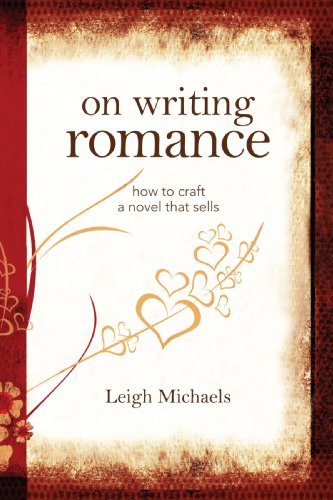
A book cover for On Writing Romance: How to Craft a Novel That Sells; Leigh Michaels; Romance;